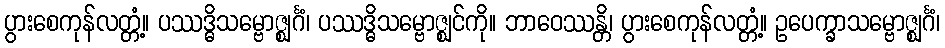
ပွားစေကုန်လတ္တံ့။ ပဿဒ္ဓိသမ္ဗောဇ္ဈင်္ဂံ၊ ပဿဒ္ဓိသမ္ဗောဇ္ဈင်ကို။ ဘာဝေဿန္တိ၊ ပွားစေကုန်လတ္တံ့။ ဥပေက္ခာသမ္ဗောဇ္ဈင်္ဂံ၊